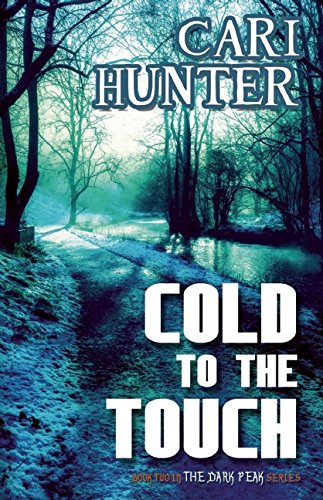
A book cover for Cold to the Touch; Cari Hunter; Romance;